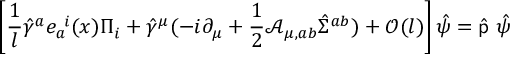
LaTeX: \left[ { \frac { 1 } { l } } \hat { \gamma } ^ { a } e _ { a } ^ { \ i } ( x ) \Pi _ { i } + \hat { \gamma } ^ { \mu } ( - i \partial _ { \mu } + { \frac { 1 } { 2 } } { \mathcal A } _ { \mu , a b } \hat { \Sigma } ^ { a b } ) + { \mathcal O } ( l ) \right] \hat { \psi } = \hat { \sf p } \ \hat { \psi }